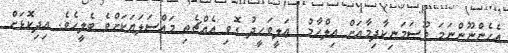
އެހެންނޫންނަމަ މޫސަމަނިކާދިމާއަށް އިލްހާމު  ޢަލީވަޙީދު ގޮވި އެއްޗެތި މައްސަލަޔަކަށްވެ ބެލީހެވެ. އިދިކޮޅަށް